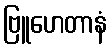
ဗြူဟေတာနံ